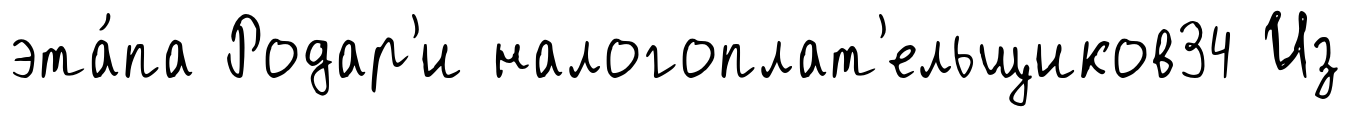
эта́па Родар'и налогоплат'ельщиков34 Из